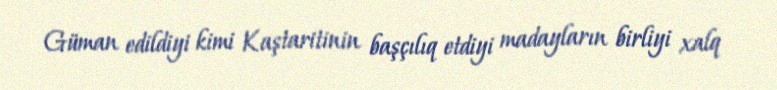
Güman edildiyi kimi Kaştaritinin başçılıq etdiyi madayların birliyi xalq